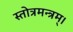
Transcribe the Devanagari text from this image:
स्तोत्रमन्त्रम्।